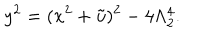
LaTeX: y ^ { 2 } = ( x ^ { 2 } + \tilde { u } ) ^ { 2 } - 4 \Lambda _ { 2 } ^ { 4 } .